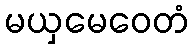
မယှမေဝေတံ